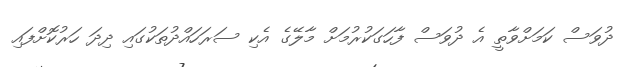
ދުވަސް ކަމަށްވާތީ އެ ދުވަސް ފާހަގަކުރުމަށް މާލޭގެ އެކި ސަރަހައްދުތަކުގައި ދިދަ ހަރުކޮށްފައި